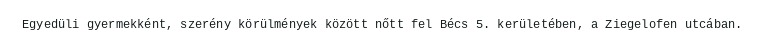
Egyedüli gyermekként, szerény körülmények között nőtt fel Bécs 5. kerületében, a Ziegelofen utcában.